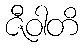
ဇီဝါတိ